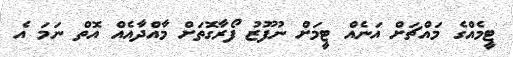
ޓީމެއްގެ މައްޗަށް އަނެއް ޓީމަށް ނުފޫޒު ފޯރާގޮތަށް މާއްދާއެއް އޮތް ނަމަ އެ